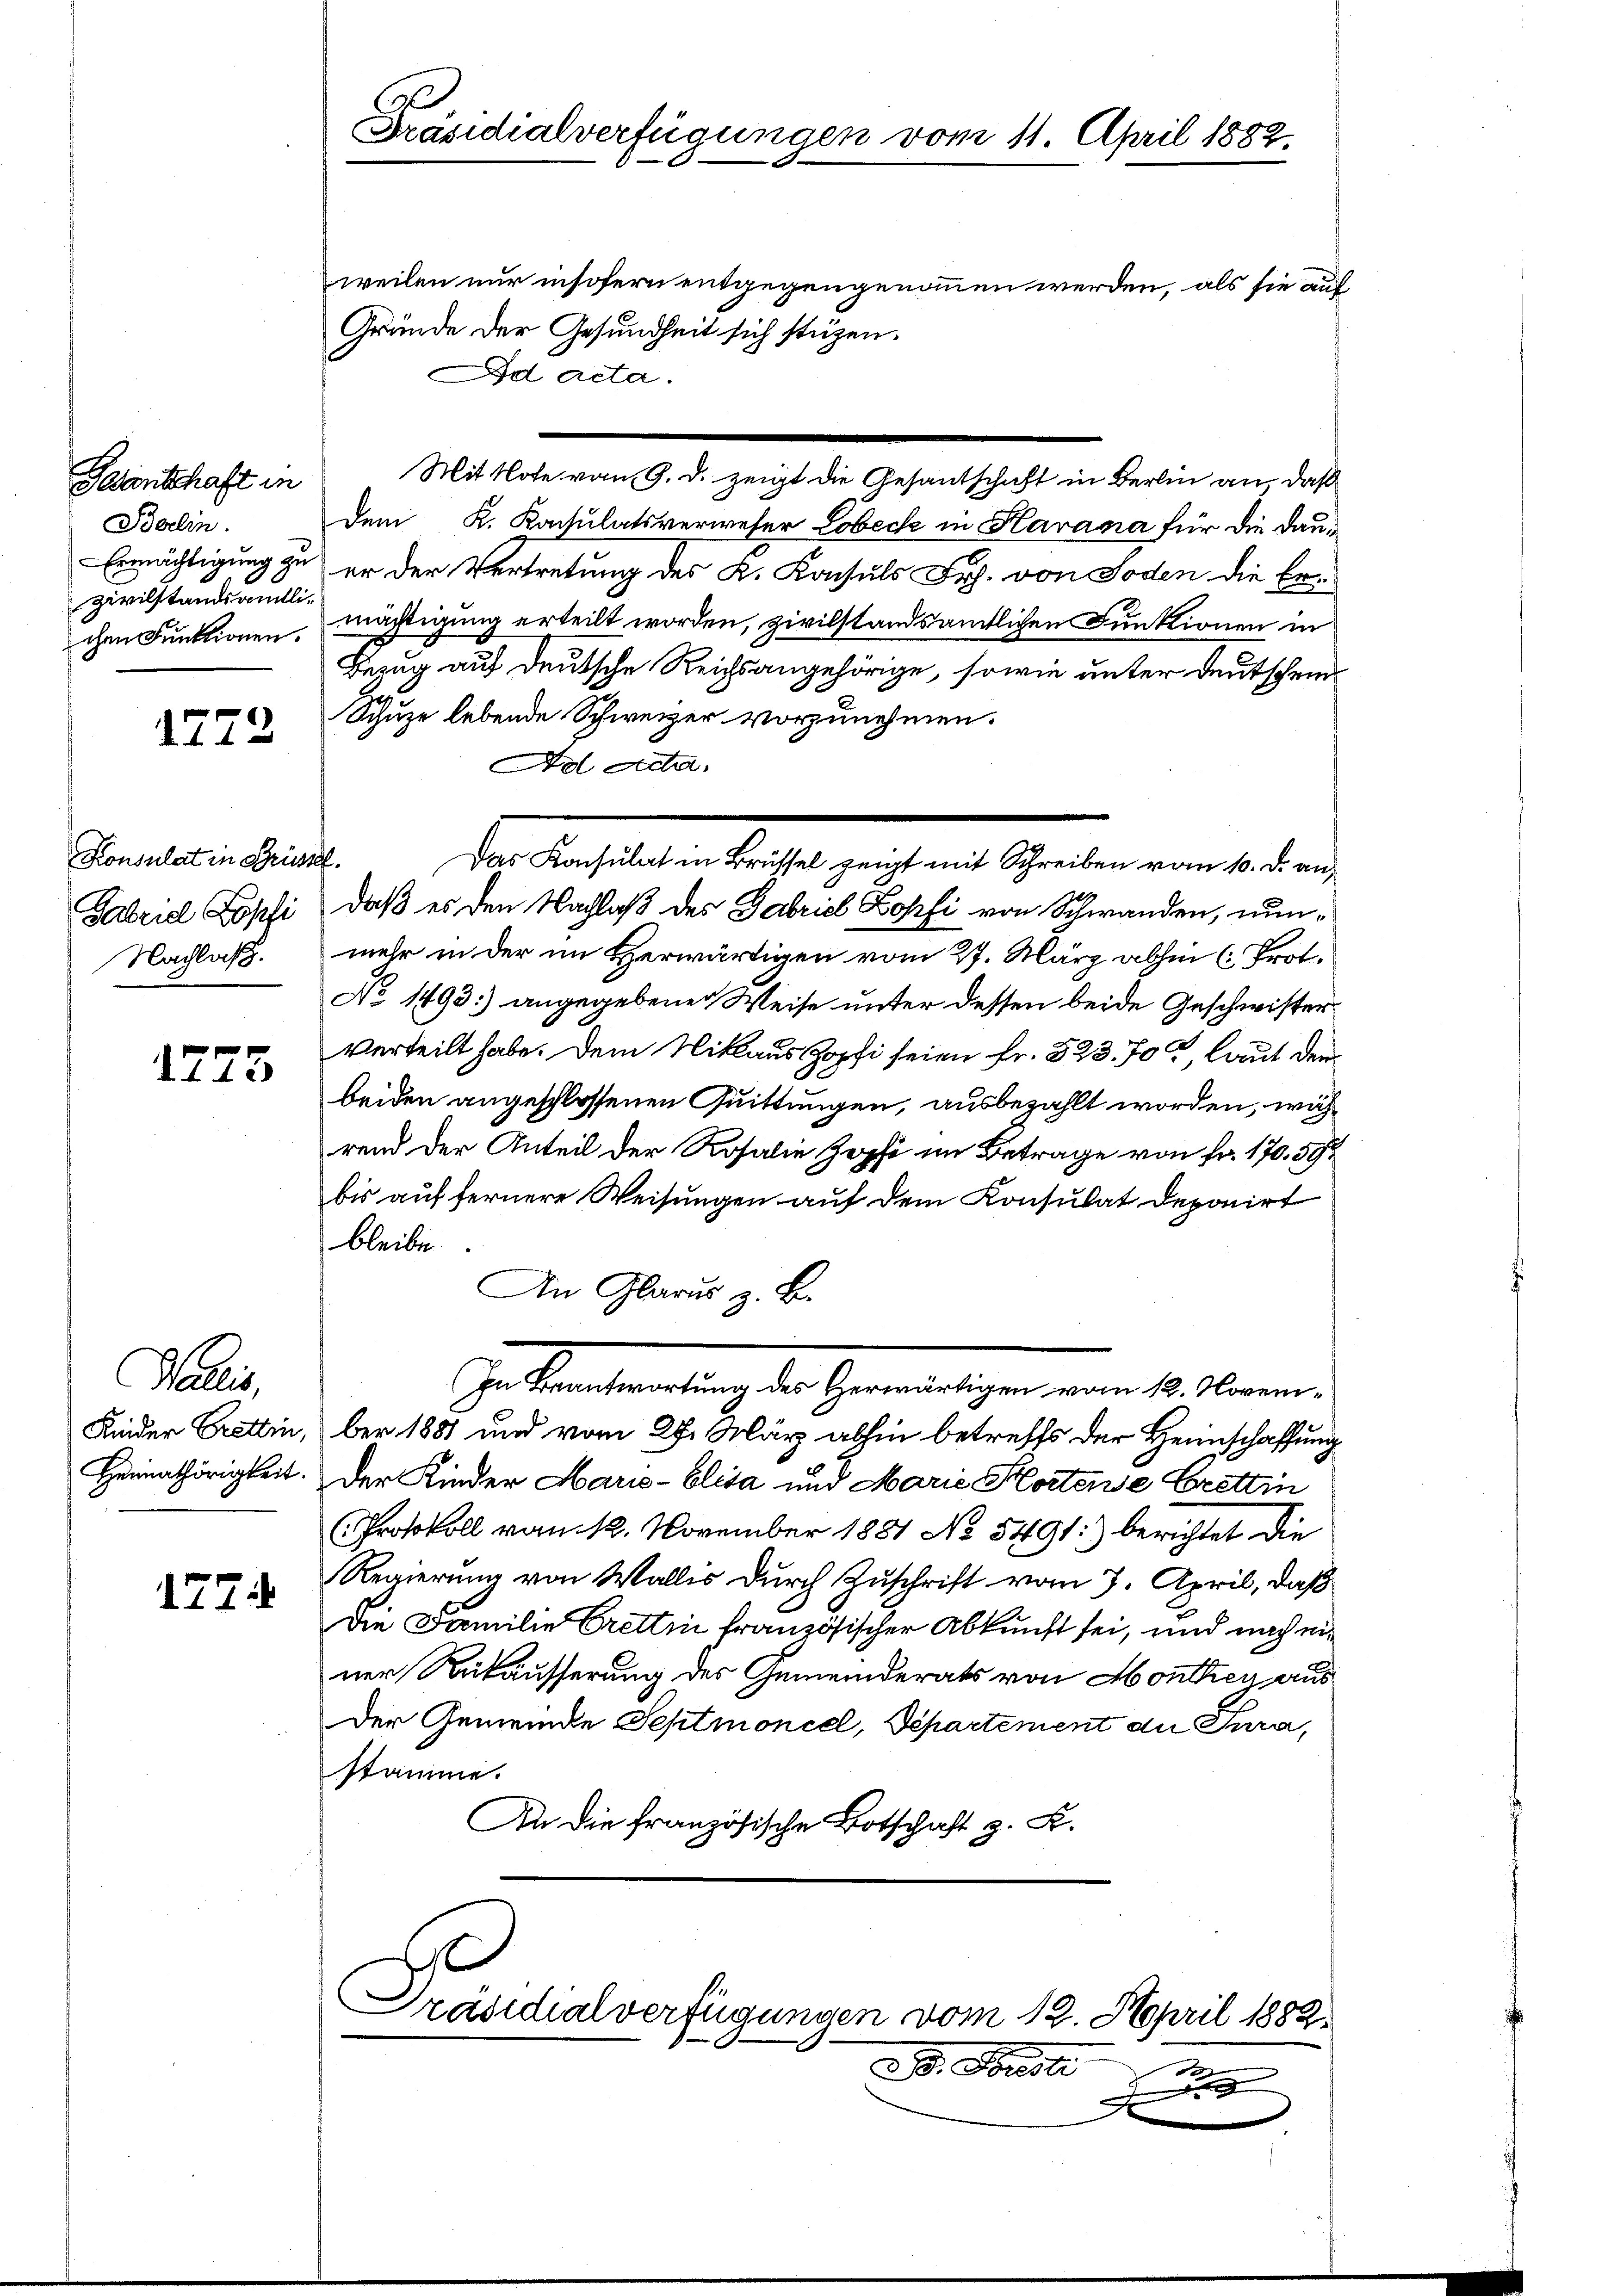
Gasanschaft in
Berlin.
zivilstandsamtlichen Funktionen.

1772

Konsulat in Brüssel.
Gabriel Sophi
Nachlaß.

1775

Paris,
Heimathörigkeit.

1774

Id acta.
Mit Note vom 9. d. zeigt die Gesantschaft in Berlin an, daß
Dem K. Kaisulatsverweser Lobeck in Havana für die Dau¬
Ermächtigung zu er der Vertretung des K. Konsuls Joh. von Soden die Ermächtigung erteilt worden, zivilstandsamtlichen Funktionen in
Bezug auf deutsche Reichsangehörige, sowie unter deutschein¬
Schuze lebende Schweizer vorzunehmen.
Ad Acta,
Das Konsulat in Brüssel zeigt mit Schreiben vom 10. d. andaß es den Nachlaß des Gabriel Lopfi von Schwanden, nunmehr in der im Herwärtigen vom 27. März abhin (Prot.
No 1493) angegebener Weise unter dessen beide Geschwisterverteilt habe. Dem Niklaus Zopf seien fr. 523. 70, laut dem
beiden angeschlossenen Quittungen, ausbezahlt worden, während der Anteil der Rosalie Zopfi im Betrage von Fr. 170, 59
bis auf fernere Weisungen auf dem Konsulat deponirt
bleibe
An Glarus z. B.
Gallenstaltung der Genereitigen vom 10. Manne
Kinder Crettin, ber 1881 und vom 27. März abhin betreffs der Heimschaffung
Der Kinder Marie-Elisa und Marie Kortene Brettin
Protokoll vom 12. November 1881 No 5491:) berichtet die
Regierung von Wallis durch Zuschrift vom 7. April, daß
Die Familie Crettin französischer Abkunft sei, und nach einer Rükäusserung des Gemeinderats von Monthey aus
Der Gemeinde Schlmoncel, Separtement die Jura,
stamme.
An die französische Botschaft z. B.
Präsidialverfügungen vom 12. April 1882.

Präsidialverfügungen vom 11. April 1882.
weilen nur insofern entgegengenommen werden, als sie auf
Gründe der Gesundheit sich stüzen.

0
21. Fristi

F